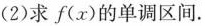
(2)求f(x)的单调区间。